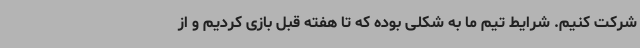
شرکت کنیم. شرایط تیم ما به شکلی بوده که تا هفته قبل بازی کردیم و از